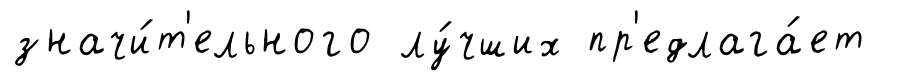
значи́т'ельного лу́чших пр'едлага́ет